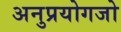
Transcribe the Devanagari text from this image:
अनुप्रयोगजो